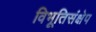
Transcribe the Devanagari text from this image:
विभूतिसंक्षेप